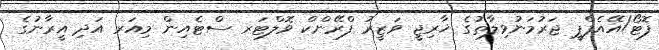
ފޮޓޯ/އޭއެފްޕީ ޖަރުމަނުވިލާތުގެ ޚާރިޖީ ވަޒީރު ފްރޭންކް ވޮލްޓަރ ސްޓެއިން މިއަރ އަދި އީރާނުގެ